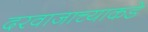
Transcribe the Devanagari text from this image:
दरवाजाच्याकडे